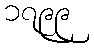
၁၇၉၉